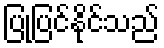
ပြုပြင်နိုင်သည်